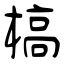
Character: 槁